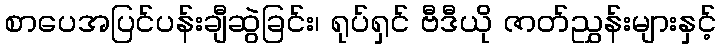
စာပေအပြင်ပန်းချီဆွဲခြင်း၊ ရုပ်ရှင် ဗီဒီယို ဇာတ်ညွှန်းများနှင့်